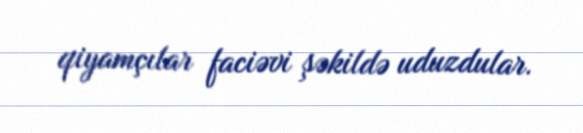
qiyamçılar faciəvi şəkildə uduzdular.